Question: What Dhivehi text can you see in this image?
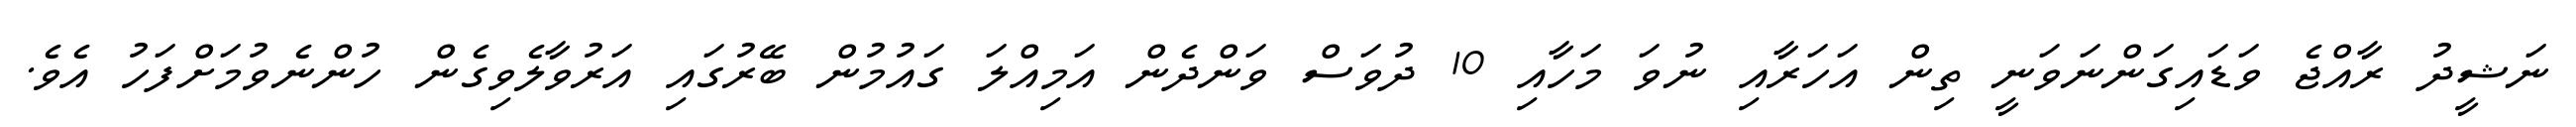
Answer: ނަޝީދު ރާއްޖެ ވަޑައިގަންނަވަނީ ތިން އަހަރާއި ނުވަ މަހާއި 10 ދުވަސް ވަންދެން އަމިއްލަ ގައުމުން ބޭރުގައި އަރުވާލެވިގެން ހުންނެވުމަށްފަހު އެވެ.